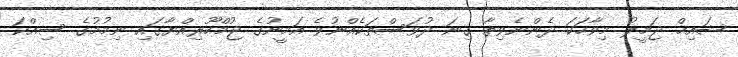
ޝައިޚް ޖަމީލު މިވާހަކަ ދެންނެވިތާ ގިނަ ދުވަސްތަކެއްނުވެ އަމީނުގެ ޖުމްހޫރިއްޔާގައި ނިމުމުގެ ސިއްކަ